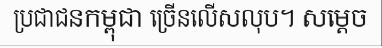
ប្រជាជនកម្ពុជា ច្រើនលើសលុប។ សម្តេច